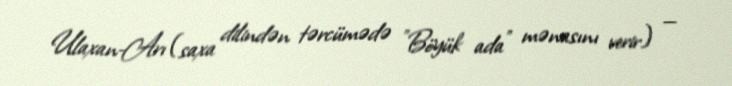
Ulaxan-Arı (saxa dilindən tərcümədə "Böyük ada" mənasını verir) —